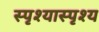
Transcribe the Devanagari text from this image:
स्पृश्‍यास्पृश्‍य